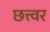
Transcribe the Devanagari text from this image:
छत्त्वर